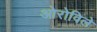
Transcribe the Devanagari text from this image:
ओरोविले